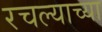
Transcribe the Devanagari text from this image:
रचल्याच्या